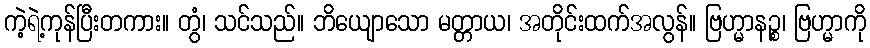
ကဲ့ရဲ့ကုန်ပြီးတကား။ တွံ၊ သင်သည်။ ဘိယျောသော မတ္တာယ၊ အတိုင်းထက်အလွန်။ ဗြဟ္မာနဉ္စ၊ ဗြဟ္မာကို